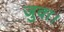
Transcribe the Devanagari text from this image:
जुवा।